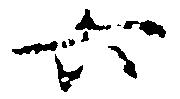
六